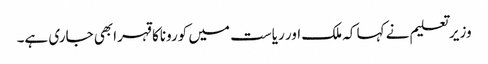
وزیر تعلیم نے کہا کہ ملک اور ریاست میں کوروناکا قہرابھی جاری ہے۔